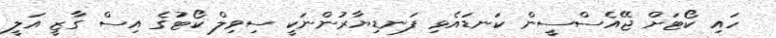
ހައި ކޯޓަށް ޖޭއެސްސީން ކަނޑައެޅި ފަނޑިޔާރުންނަކީ ސިވިލް ކޯޓުގެ އިސް ގާޒީ އަލީ